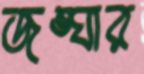
জঙ্ঘার